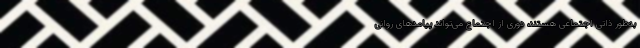
به‌طور ذاتی اجتماعی هستند، دوری از اجتماع می‌تواند پیامدهای روانی